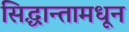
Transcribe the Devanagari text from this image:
सिद्धान्तामधून